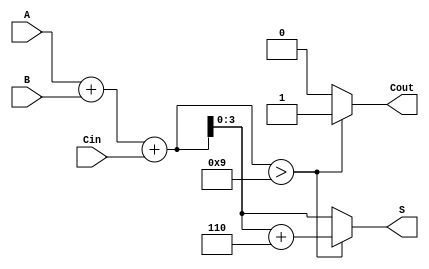
module bcd_adder (
    input  wire [3:0] A,     // First BCD digit
    input  wire [3:0] B,     // Second BCD digit
    input  wire Cin,         // Carry-in
    output wire [3:0] S,     // BCD sum
    output wire Cout         // Carry-out
);

    // Intermediate signals
    wire [4:0] Sum;          // 5-bit sum to accommodate carry
    wire [4:0] Corrected_Sum; // Corrected sum after BCD adjustment

    // Step 1: Perform binary addition
    assign Sum = A + B + Cin;

    // Step 2: Check if sum exceeds BCD limit (9)
    // If Sum > 9, we need to add 6 (0110)
    assign Cout = (Sum > 9) ? 1 : 0;

    // Step 3: BCD correction logic
    assign Corrected_Sum = (Sum > 9) ? (Sum + 5'd6) : Sum;

    // Step 4: Output the lower 4 bits of corrected sum
    assign S = Corrected_Sum[3:0]; // Take lower 4 bits as output

endmodule